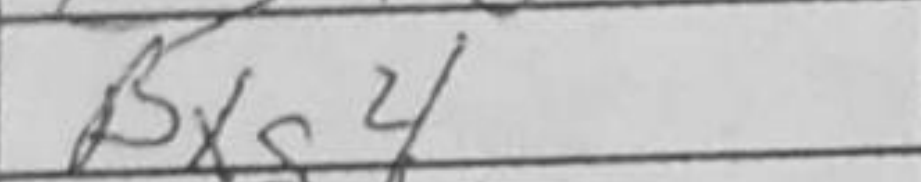
Transcription: Bxg4